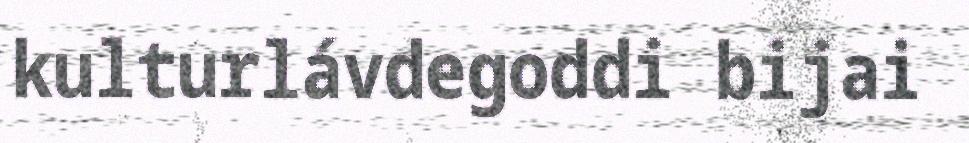
kulturlávdegoddi bijai